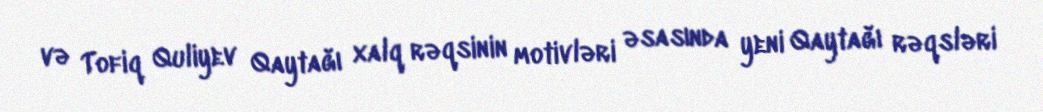
və Tofiq Quliyev Qaytağı xalq rəqsinin motivləri əsasında yeni Qaytağı rəqsləri